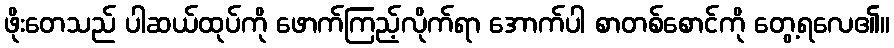
ဖိုးတေသည် ပါဆယ်ထုပ်ကို ဖောက်ကြည့်လိုက်ရာ အောက်ပါ စာတစ်စောင်ကို တွေ့ရလေ၏။